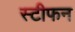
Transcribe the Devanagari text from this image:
स्‍टीफन